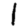
Digit: 1